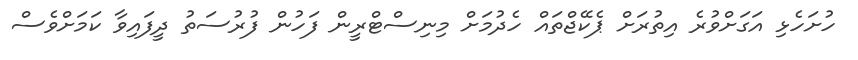
ހުށަހެޅި އަގަށްވުރެ އިތުރަށް ޕެކޭޖްތައް ހެދުމަށް މިނިސްޓްރީން ފަހުން ފުރުސަތު ދީފައިވާ ކަމަށްވެސް